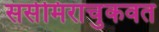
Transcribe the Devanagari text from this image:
ससेमिराचुकवत